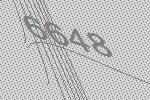
6648